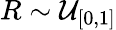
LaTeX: R\sim\mathcal{U}_{[0,1]}